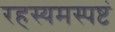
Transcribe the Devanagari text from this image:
रहस्यमस्पष्टं